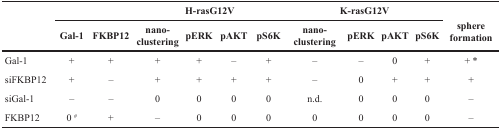
<table><thead><tr><td rowspan="2"></td><td colspan="6"><b>H-rasG12V</b></td><td colspan="4"><b>K-rasG12V</b></td><td></td></tr><tr><td><b>Gal-1</b></td><td><b>FKBP12</b></td><td><b>nano-clustering</b></td><td><b>pERK</b></td><td><b>pAKT</b></td><td><b>pS6K</b></td><td><b>nano-clustering</b></td><td><b>pERK</b></td><td><b>pAKT</b></td><td><b>pS6K</b></td><td><b>sphereformation</b></td></tr></thead><tbody><tr><td>Gal-1</td><td>+</td><td>+</td><td>+</td><td>+</td><td>–</td><td>+</td><td>–</td><td>–</td><td>0</td><td>+</td><td>+ *</td></tr><tr><td>siFKBP12</td><td>+</td><td>–</td><td>+</td><td>+</td><td>+</td><td>+</td><td>–</td><td>0</td><td>+</td><td>+</td><td>+</td></tr><tr><td>siGal-1</td><td>–</td><td>–</td><td>0</td><td>0</td><td>0</td><td>0</td><td>n.d.</td><td>0</td><td>0</td><td>0</td><td>–</td></tr><tr><td>FKBP12</td><td>0<sup>#</sup></td><td>+</td><td>–</td><td>0</td><td>0</td><td>0</td><td>0</td><td>0</td><td>0</td><td>0</td><td>–</td></tr></tbody></table>